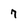
Character: 7